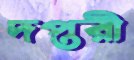
দপ্তরী